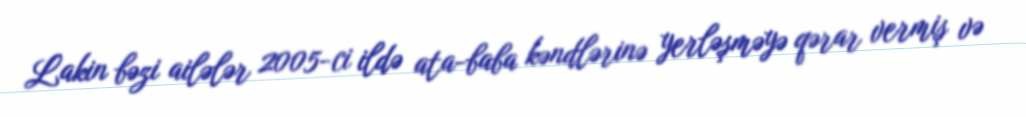
Lakin bəzi ailələr 2005-ci ildə ata-baba kəndlərinə yerləşməyə qərar vermiş və